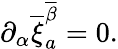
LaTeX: \partial_{\alpha}\overline{{{\xi}}}_{a}^{\overline{{{\beta}}}}=0.